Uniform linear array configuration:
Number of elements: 24
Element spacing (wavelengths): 0.75
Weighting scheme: hamming
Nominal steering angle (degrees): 15
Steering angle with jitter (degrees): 15.503
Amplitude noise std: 0.05
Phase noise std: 0.05

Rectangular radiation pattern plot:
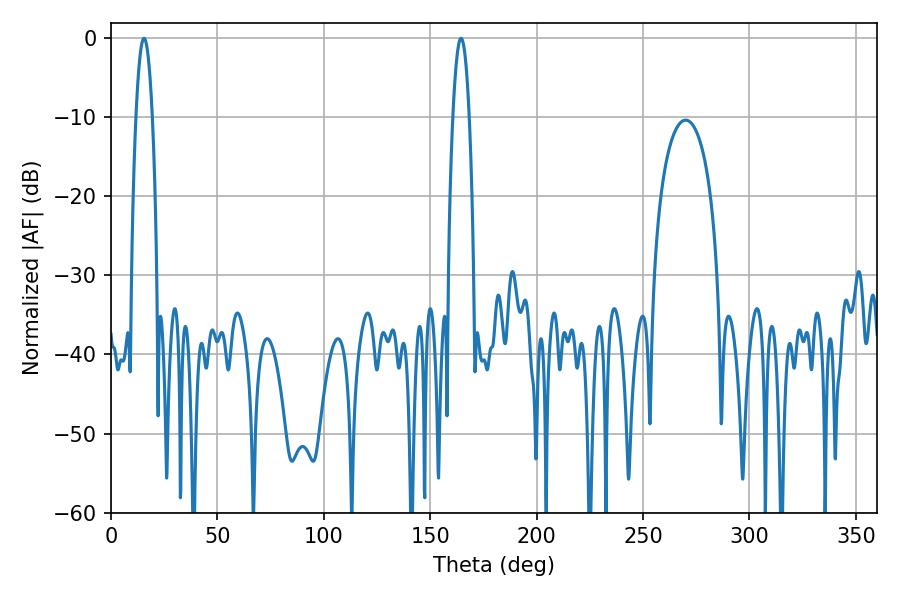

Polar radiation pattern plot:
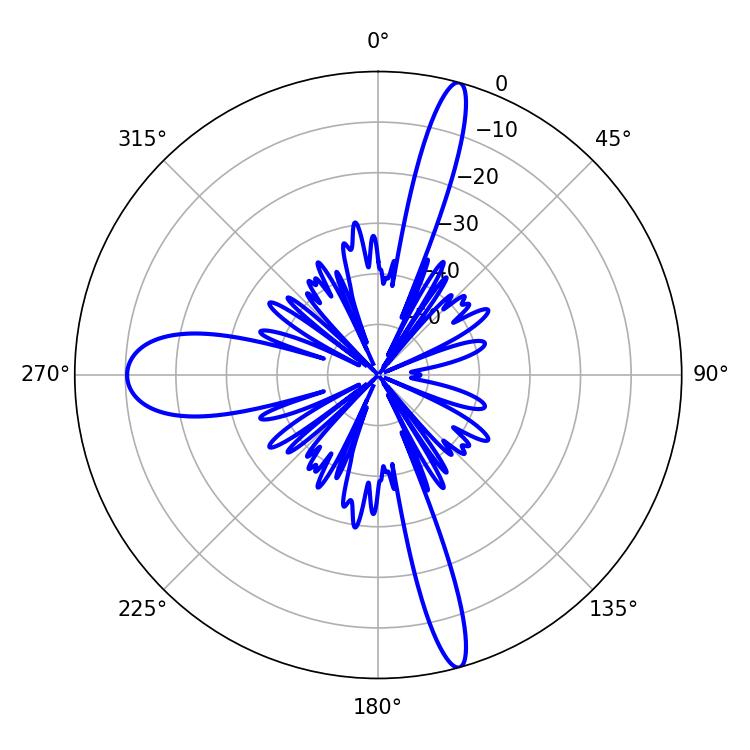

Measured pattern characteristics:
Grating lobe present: TRUE
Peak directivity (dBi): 20.074
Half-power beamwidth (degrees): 4.14
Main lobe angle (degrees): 15.48